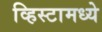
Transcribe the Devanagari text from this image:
व्हिस्टामध्ये